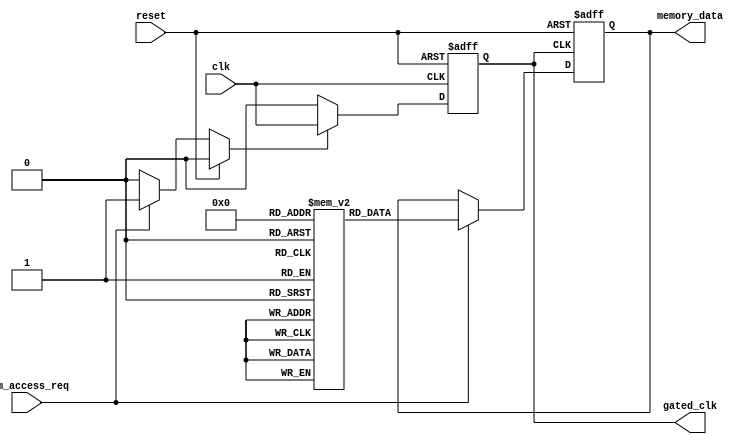
module conditional_clock_gating (
    input wire clk,               // Primary clock input
    input wire reset,             // Active high reset
    input wire mem_access_req,    // Memory access request signal
    output wire gated_clk,        // Gated clock output
    output reg [7:0] memory_data   // Example memory data output
);

// Gating Control Logic
reg enable;

// Always block to determine the enable signal
always @(*) begin
    if (reset) begin
        enable = 1'b0;           // If reset, disable clock gating
    end else if (mem_access_req) begin
        enable = 1'b1;           // Enable clock gating if memory access is requested
    end else begin
        enable = 1'b0;           // Disable clock gating when idle
    end
end

// Clock Gating Cell
reg gated_clk_reg;

// Generate gated clock signal based on enable signal
always @(posedge clk or posedge reset) begin
    if (reset) begin
        gated_clk_reg <= 1'b0;   // Reset gated clock
    end else if (enable) begin
        gated_clk_reg <= clk;     // Follow primary clock when enabled
    end else begin
        gated_clk_reg <= 1'b0;   // Hold gated clock low when disabled
    end
end

assign gated_clk = gated_clk_reg;

// Memory Block (Example: simple register file)
reg [7:0] memory [0:255]; // 256 x 8-bit memory

// Memory operation based on gated clock
always @(posedge gated_clk or posedge reset) begin
    if (reset) begin
        memory_data <= 8'b0;    // Reset memory data
    end else if (mem_access_req) begin
        // Example memory read/write operation (for demonstration)
        memory_data <= memory[0]; // Read from memory address 0
        // Additional logic for write operations can be added here
    end
end

endmodule